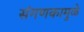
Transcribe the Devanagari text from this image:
संगणकामुळे